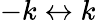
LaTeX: -k\leftrightarrow k